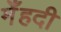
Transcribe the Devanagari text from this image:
मेँहदी